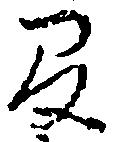
間